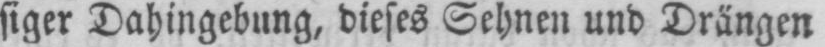
siger Dahingebung, dieses Sehnen und Drängen